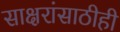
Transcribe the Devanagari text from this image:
साक्षरांसाठीही